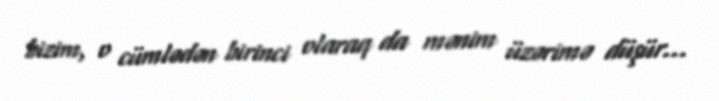
bizim, o cümlədən birinci olaraq da mənim üzərimə düşür...